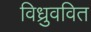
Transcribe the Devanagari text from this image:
विध्रुववित